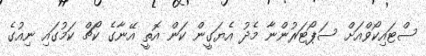
ސްޓައިކޯވްއަށް ސަޕޯޓަރުންނާ މެދު އެޔަގީން ކަން އޮތީ އޭނާގެ ކޯޗް ކަމުގައި ނިއުގެ